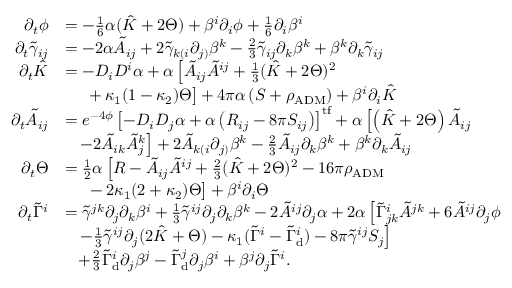
\begin{array} { r l } { \partial _ { t } \phi } & { = - \frac { 1 } { 6 } \alpha ( \hat { K } + 2 \Theta ) + \beta ^ { i } \partial _ { i } \phi + \frac { 1 } { 6 } \partial _ { i } \beta ^ { i } } \\ { \partial _ { t } \tilde { \gamma } _ { i j } } & { = - 2 \alpha \tilde { A } _ { i j } + 2 \tilde { \gamma } _ { k ( i } \partial _ { j ) } \beta ^ { k } - \frac { 2 } { 3 } \tilde { \gamma } _ { i j } \partial _ { k } \beta ^ { k } + \beta ^ { k } \partial _ { k } \tilde { \gamma } _ { i j } } \\ { \partial _ { t } \hat { K } } & { = - D _ { i } D ^ { i } \alpha + \alpha \left[ \tilde { A } _ { i j } \tilde { A } ^ { i j } + \frac { 1 } { 3 } ( \hat { K } + 2 \Theta ) ^ { 2 } \right. } \\ & { \; \; \; \; \left. \vphantom { \frac { 0 } { 0 } } + \kappa _ { 1 } ( 1 - \kappa _ { 2 } ) \Theta \right] + 4 \pi \alpha \left( S + \rho _ { \mathrm { A D M } } \right) + \beta ^ { i } \partial _ { i } \hat { K } } \\ { \partial _ { t } \tilde { A } _ { i j } } & { = e ^ { - 4 \phi } \left[ - D _ { i } D _ { j } \alpha + \alpha \left( R _ { i j } - 8 \pi S _ { i j } \right) \right] ^ { \mathrm { t f } } + \alpha \left[ \left( \hat { K } + 2 \Theta \right) \tilde { A } _ { i j } \right. } \\ & { \left. \; \; \; - 2 \tilde { A } _ { i k } \tilde { A } _ { j } ^ { k } \right] + 2 \tilde { A } _ { k ( i } \partial _ { j ) } \beta ^ { k } - \frac { 2 } { 3 } \tilde { A } _ { i j } \partial _ { k } \beta ^ { k } + \beta ^ { k } \partial _ { k } \tilde { A } _ { i j } } \\ { \partial _ { t } \Theta } & { = \frac { 1 } { 2 } \alpha \left[ R - \tilde { A } _ { i j } \tilde { A } ^ { i j } + \frac { 2 } { 3 } ( \hat { K } + 2 \Theta ) ^ { 2 } - 1 6 \pi \rho _ { \mathrm { A D M } } \right. } \\ & { \left. \phantom { \frac { 0 } { 0 } } \; \; - 2 \kappa _ { 1 } ( 2 + \kappa _ { 2 } ) \Theta \right] + \beta ^ { i } \partial _ { i } \Theta } \\ { \partial _ { t } \tilde { \Gamma } ^ { i } } & { = \tilde { \gamma } ^ { j k } \partial _ { j } \partial _ { k } \beta ^ { i } + \frac { 1 } { 3 } \tilde { \gamma } ^ { i j } \partial _ { j } \partial _ { k } \beta ^ { k } - 2 \tilde { A } ^ { i j } \partial _ { j } \alpha + 2 \alpha \left[ \tilde { \Gamma } _ { j k } ^ { i } \tilde { A } ^ { j k } + 6 \tilde { A } ^ { i j } \partial _ { j } \phi \phantom { \frac { 0 } { 0 } } \right. } \\ & { \left. \; \; \; - \frac { 1 } { 3 } \tilde { \gamma } ^ { i j } \partial _ { j } ( 2 \hat { K } + \Theta ) - \kappa _ { 1 } ( \tilde { \Gamma } ^ { i } - \tilde { \Gamma } _ { \mathrm { d } } ^ { i } ) - 8 \pi \tilde { \gamma } ^ { i j } S _ { j } \right] } \\ & { \; \; \; + \frac { 2 } { 3 } \tilde { \Gamma } _ { \mathrm { d } } ^ { i } \partial _ { j } \beta ^ { j } - \tilde { \Gamma } _ { \mathrm { d } } ^ { j } \partial _ { j } \beta ^ { i } + \beta ^ { j } \partial _ { j } \tilde { \Gamma } ^ { i } . } \end{array}